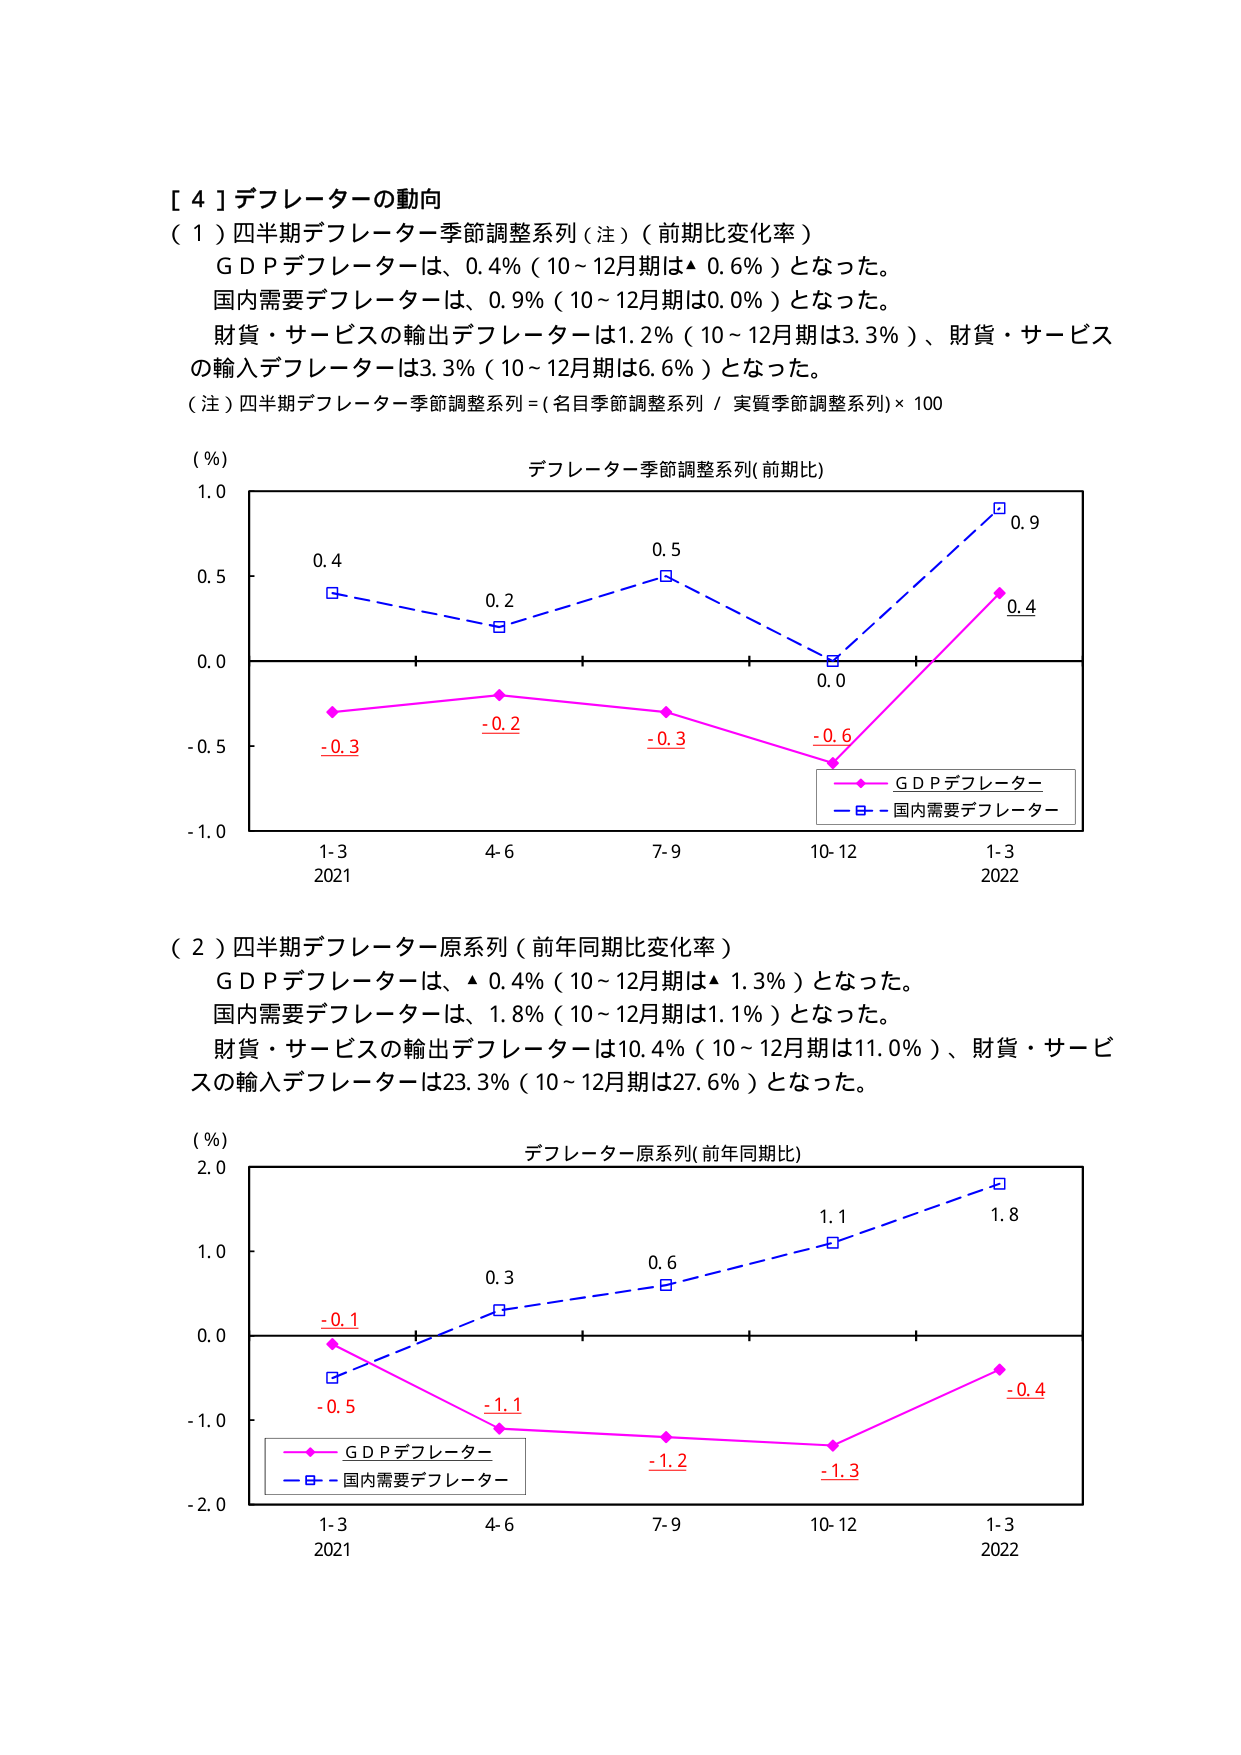
[ 4 ] デフレーターの動向
（１）四半期デフレーター－季節調整系列（注）（前期比変化率）
　ＧＤＰデフレーターは、0.4％（10～12月期は▲ 0.6％）となった。
　国内需要デフレーターは、0.9％（10～12月期は0.0％）となった。
　財貨・サービスの輸出デフレーターは1.2％（10～12月期は3.3％）、財貨・サービス
　の輸入デフレーターは3.3％（10～12月期は6.6％）となった。
（注）四半期デフレーター季節調整系列＝（名目季節調整系列 / 実質季節調整系列）× 100

（％）
デフレーター季節調整系列（前期比）
1.0
0.5
0.4
0.2
0.5
0.9
0.0
-0.5
-0.3
-0.2
-0.3
-0.6
0.4
-1.0
1-3
4-6
7-9
10-12
1-3
2021
2022
　　ＧＤＰデフレーター
　　国内需要デフレーター

（２）四半期デフレーター原系列（前年同期比変化率）
　ＧＤＰデフレーターは、▲ 0.4％（10～12月期は▲ 1.3％）となった。
　国内需要デフレーターは、1.8％（10～12月期は1.1％）となった。
　財貨・サービスの輸出デフレーターは10.4％（10～12月期は11.0％）、財貨・サービス
　の輸入デフレーターは23.3％（10～12月期は27.6％）となった。

（％）
デフレーター原系列（前年同期比）
2.0
1.0
0.0
-0.1
0.3
0.6
1.1
1.8
-1.0
-0.5
-1.1
-1.2
-1.3
-0.4
-2.0
1-3
4-6
7-9
10-12
1-3
2021
2022
　　ＧＤＰデフレーター
　　国内需要デフレーター